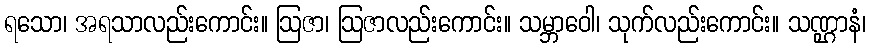
ရသော၊ အရသာလည်းကောင်း။ ဩဇာ၊ ဩဇာလည်းကောင်း။ သမ္ဘာဝေါ၊ သုက်လည်းကောင်း။ သဏ္ဌာနံ၊